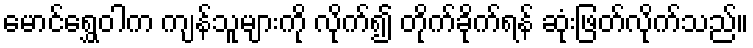
မောင်ရွှေဝါက ကျန်သူများကို လိုက်၍ တိုက်ခိုက်ရန် ဆုံးဖြတ်လိုက်သည်။